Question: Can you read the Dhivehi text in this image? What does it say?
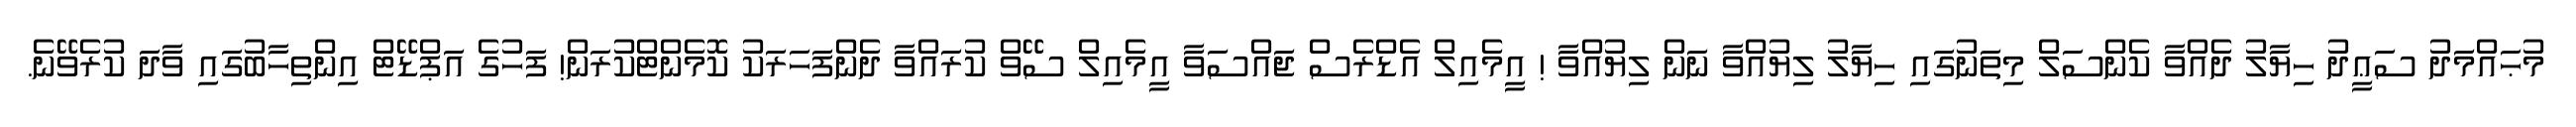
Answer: މުޙައްމަދު ސަޢީދު ހިޔާލު ދެއްވާ ކެންސަލް މިތަނުގައި ހިޔާލު ލިޔުއްވާ ނަން ލިޔުއްވާ ! އީމެއިލް އެޑްރެސް ޖައްސަވާ އީމެއިލް ސޭވް ކުރައްވާ ދެންފަހަރަކު ކޮމެންޓްކުރަން! ފަހުގެ އަޕްޑޭޓް އިންތިހާބުގައި ވާދަ ކުރެވޭނެ.